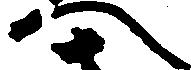
へ